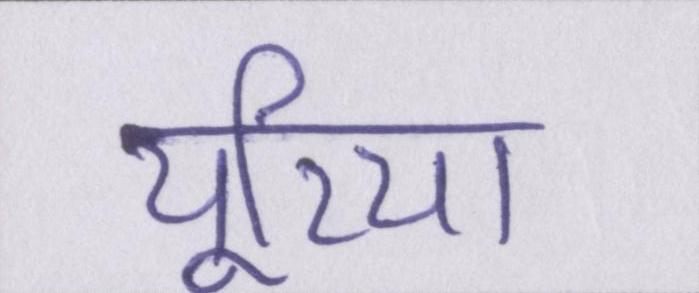
यूरिया